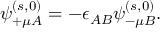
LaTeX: \psi _ { + \mu A } ^ { ( s , 0 ) } = - \epsilon _ { A B } \psi _ { - \mu B } ^ { ( s , 0 ) } .